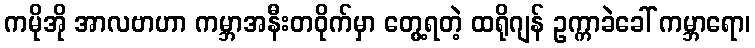
ကမိုအို အာလဗာဟာ ကမ္ဘာအနီးတဝိုက်မှာ တွေ့ရတဲ့ ထရိုဂျန် ဥက္ကာခဲခေါ် ကမ္ဘာရော၊